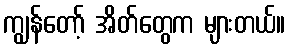
ကျွန်တော့် အိတ်တွေက များတယ်။